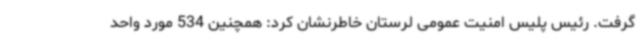
گرفت. رئیس پلیس امنیت عمومی لرستان خاطرنشان کرد: همچنین 534 مورد واحد